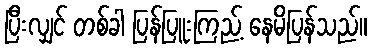
ပြီးလျှင် တစ်ခါ ပြန်ပြူးကြည့် နေမိပြန်သည်။